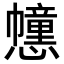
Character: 𢤖